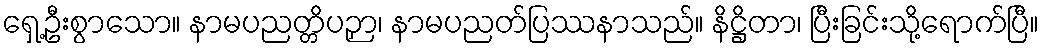
ရှေ့ဦးစွာသော။ နာမပညတ္တိပဉှာ၊ နာမပညတ်ပြဿနာသည်။ နိဋ္ဌိတာ၊ ပြီးခြင်းသို့ရောက်ပြီ။